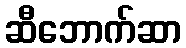
ဆီဘောက်ဆာ